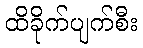
ထိခိုက်ပျက်စီး